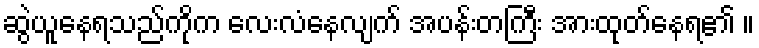
ဆွဲယူနေရသည်ကိုက လေးလံနေလျက် အပန်းတကြီး အားထုတ်နေရ၏ ။